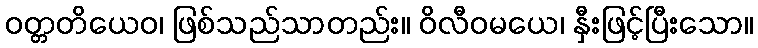
ဝတ္တတိယေဝ၊ ဖြစ်သည်သာတည်း။ ဝိလီဝမယေ၊ နှီးဖြင့်ပြီးသော။